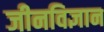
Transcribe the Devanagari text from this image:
जीनविज्ञान